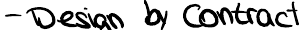
- Design by Contract